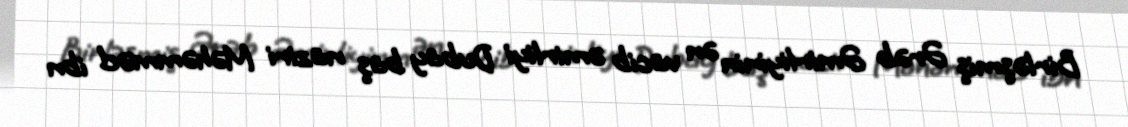
Birləşmiş Ərəb Əmirliyinin ən vacib əmirliyi Dubay baş naziri Məhəmməd ibn